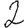
Digit: 2